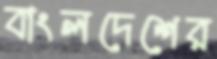
বাংলদেশের